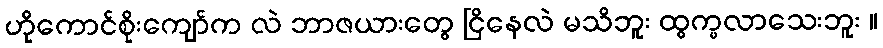
ဟိုကောင်စိုးကျော်က လဲ ဘာဇယားတွေ ငြိနေလဲ မသိဘူး ထွက္မလာသေးဘူး ။